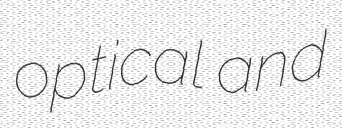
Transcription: optical and